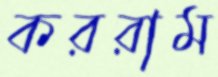
কররাম